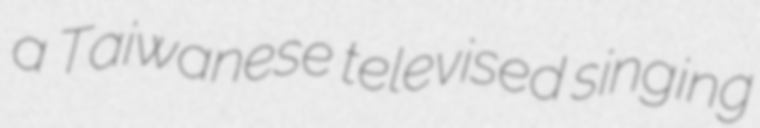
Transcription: a Taiwanese televised singing